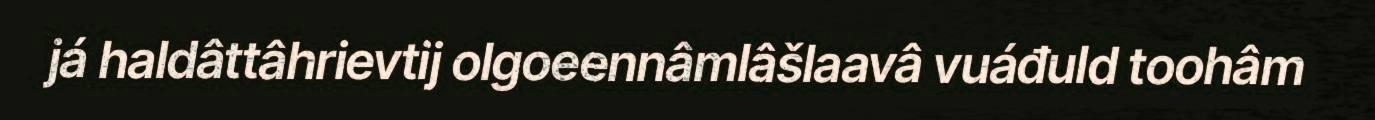
já haldâttâhrievtij olgoeennâmlâšlaavâ vuáđuld toohâm